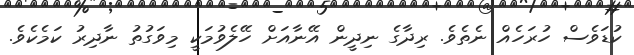
ކުޑަވެސް ހުރަހެއް ނެތެވެ. ރިދާގެ ނިދީން އޭނާއަށް ހޭލެވުމަކީ މިވަގުތު ނާދިރު ކަމެކެވެ.